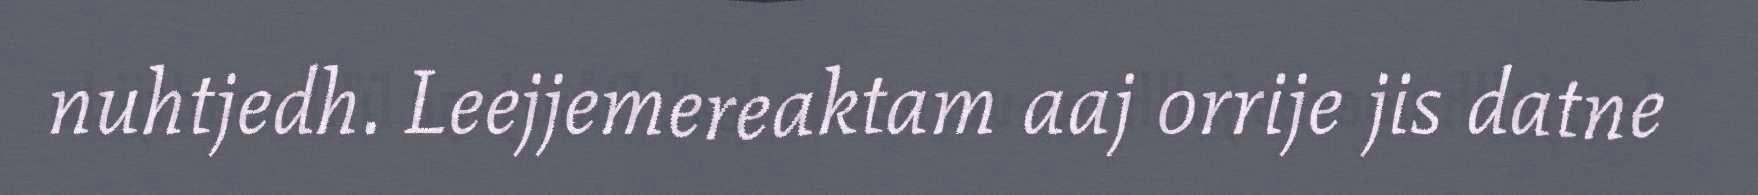
nuhtjedh. Leejjemereaktam aaj orrije jis datne